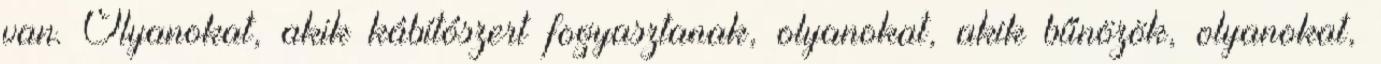
van. Olyanokat, akik kábítószert fogyasztanak, olyanokat, akik bűnözök, olyanokat,